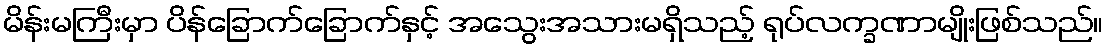
မိန်းမကြီးမှာ ပိန်ခြောက်ခြောက်နှင့် အသွေးအသားမရှိသည့် ရုပ်လက္ခဏာမျိုးဖြစ်သည်။